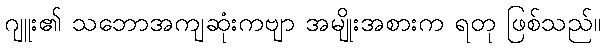
ဂျူး၏ သဘောအကျဆုံးကဗျာ အမျိုးအစားက ရတု ဖြစ်သည်။